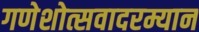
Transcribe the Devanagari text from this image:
गणेशोत्सवादरम्यान